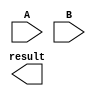
module Baugh_Wooley_Multiplier (
    input signed [15:0] A,
    input signed [15:0] B,
    output signed [31:0] result
);

// Define all the internal signals and registers
reg [15:0] A_reg, B_reg;
reg [31:0] result_reg;
reg [31:0] partial_products [15:0];
reg [31:0] final_result;
reg [3:0] control_state;

// Booth encoder for signed multiplication
always @ (A_reg, B_reg)
begin
    case ({B_reg[3], B_reg[2], B_reg[1], B_reg[0]})
        4'b0011 : B_reg = (B_reg >> 1) + 16'b0000000000000010; // Multiply by -2
        4'b1100 : B_reg = (B_reg >> 1) - 16'b0000000000000010; // Multiply by 2
    endcase
end

// Full adder-based arithmetic block
always @ (A_reg, B_reg, control_state)
begin
    // Logic for performing arithmetic operations using full adders
end

// Partial product reduction unit with Wallace tree algorithm
always @ (partial_products)
begin
    // Logic for reducing partial products using Wallace tree algorithm
end

// Accumulator to sum up partial products
always @ (partial_products)
begin
    // Logic for accumulating partial products to obtain final result
end

// Control logic to manage data flow and operations
always @ (control_state)
begin
    // Logic for controlling the flow of data and operations within the multiplier
end

// Assigning the inputs and outputs
assign result = final_result;

endmodule